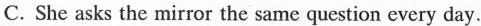
C. She asks the mirror the same question every day.